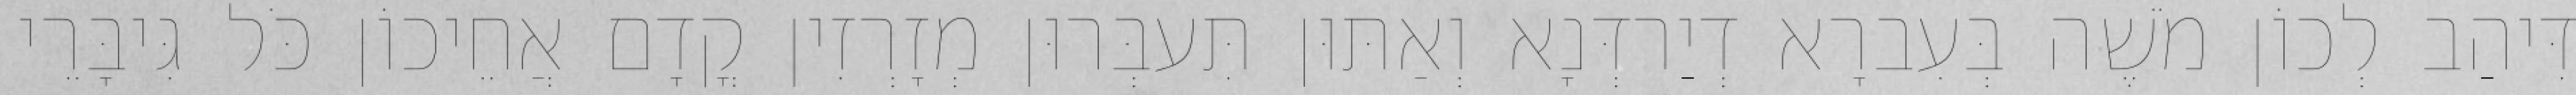
דִּיהַב לְכוֹן מֹשֶׁה בְּעִברָא דְיַרדְּנָא וְאַתּוּן תִּעבְּרוּן מְזָרְזִין קֳדָם אֲחֵיכוֹן כֹּל גִּיבָּרֵי